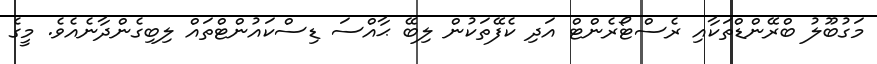
މަގުބޫލު ބްރޭންޑްތަކާއި ރެސްޓޯރެންޓް އަދި ކެފޭތަކުން ލިބޭ ޙާއްސަ ޑިސްކައުންޓްތައް ލިބިގެންދާނެއެވެ. މީގެ